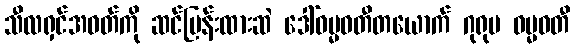
သီလရှင်အဝတ်ကို ဆင်မြန်းထားဆဲ ဒေါ်ဓမ္မဝတီတယောက် ဂုရုမ ဓမ္မဝတီ